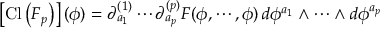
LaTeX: \left[ \mathrm { C l } \left( F _ { p } \right) \right] ( \phi ) = \partial _ { a _ { 1 } } ^ { ( 1 ) } \cdots \partial _ { a _ { p } } ^ { ( p ) } F ( \phi , \cdots , \phi ) \, d \phi ^ { a _ { 1 } } \wedge \cdots \wedge d \phi ^ { a _ { p } }